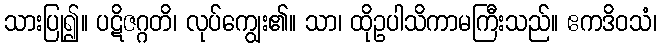
သားပြု၍။ ပဋိဇဂ္ဂတိ၊ လုပ်ကျွေး၏။ သာ၊ ထိုဥပါသိကာမကြီးသည်။ ဧကဒိဝသံ၊